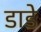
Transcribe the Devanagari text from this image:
डाडे